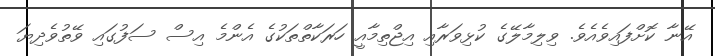
އޭނާ ކޮށްފައިވެއެވެ. ވިލިމާލޭގެ ކުޅިވަރާއި އިޖްތިމާއީ ހަރަކާތްތަކުގެ އެންމެ އިސް ސަފުގައި ވޭތުވެދިޔަ